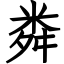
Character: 粦